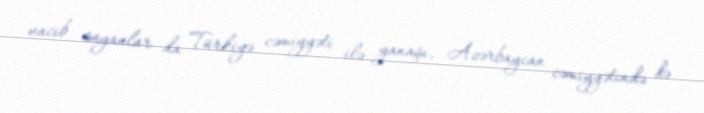
vacib sayanlar da Türkiyə cəmiyyəti ilə yanaşı, Azərbaycan cəmiyyətində də